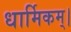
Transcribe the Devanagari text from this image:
धार्मिकम्‌।